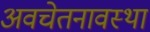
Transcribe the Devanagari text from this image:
अवचेतनावस्था